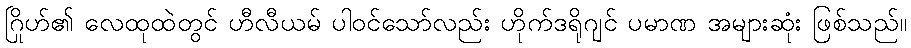
ဂြိုဟ်၏ လေထုထဲတွင် ဟီလီယမ် ပါဝင်သော်လည်း ဟိုက်ဒရိုဂျင် ပမာဏ အများဆုံး ဖြစ်သည်။